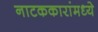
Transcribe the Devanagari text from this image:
नाटककारांमध्ये